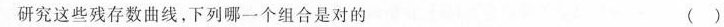
研究这些残存数曲线，下列哪一个组合是对的 ( )